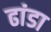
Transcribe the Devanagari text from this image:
ढांडा